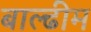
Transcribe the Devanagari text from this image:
बाल्ढीम